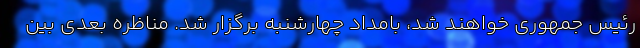
رئیس جمهوری خواهند شد، بامداد چهارشنبه برگزار شد. مناظره بعدی بین